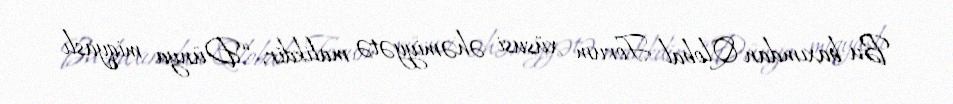
Bu baxımdan Qlobal Forum xüsusi əhəmiyyətə malikdir: “Dünya miqyaslı